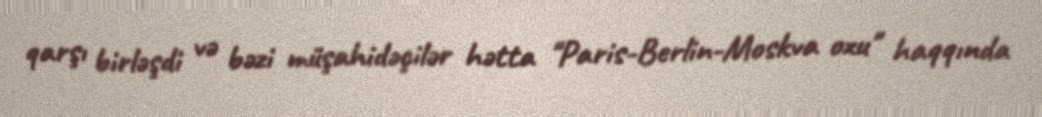
qarşı birləşdi və bəzi müşahidəçilər hətta "Paris-Berlin-Moskva oxu" haqqında